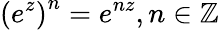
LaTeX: \left(e^{z}\right)^{n}=e^{nz},n\in\mathbb{Z}